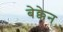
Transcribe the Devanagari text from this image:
बेक्केन